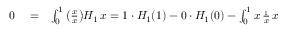
\begin{array} { r l r } { 0 } & { { } \stackrel { } { = } } & { \int _ { 0 } ^ { 1 } \big ( \frac { \d x } { \d x } \big ) H _ { 1 } \, \d x = 1 \cdot H _ { 1 } ( 1 ) - 0 \cdot H _ { 1 } ( 0 ) - \int _ { 0 } ^ { 1 } x \, \frac { \d H _ { 1 } } { \d x } \, \d x } \end{array}